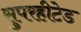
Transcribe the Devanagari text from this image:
सुपरहीटेड